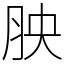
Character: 胦